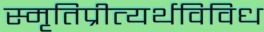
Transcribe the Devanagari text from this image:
स्मृतिप्रीत्यर्थविविध